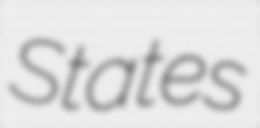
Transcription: States